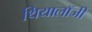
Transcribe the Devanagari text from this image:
थियालॉजी